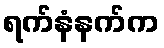
ရက်နံနက်က